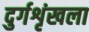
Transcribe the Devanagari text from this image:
दुर्गशृंखला